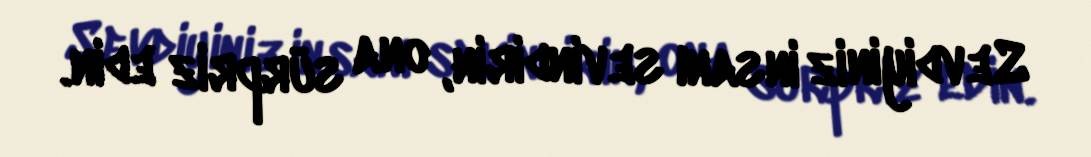
Sevdiyiniz insanı sevindirin, ona sürpriz edin.